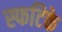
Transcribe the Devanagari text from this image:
स्फटिके